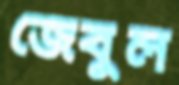
জেবুল